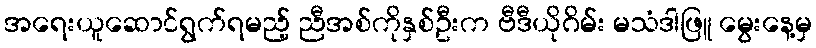
အရေးယူဆောင်ရွက်ရမည့် ညီအစ်ကိုနှစ်ဦးက ဗီဒီယိုဂိမ်း မသံဒါဖြူ မွေးနေ့မှ